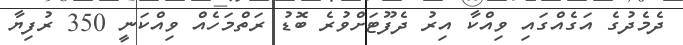
ދެމެދުގެ އަގެއްގައި ވިއްކާ އިރު ދެފޫޓަށްވުރެ ބޮޑު ރަތްމަހެއް ވިއްކަނީ 350 ރުފިޔާ